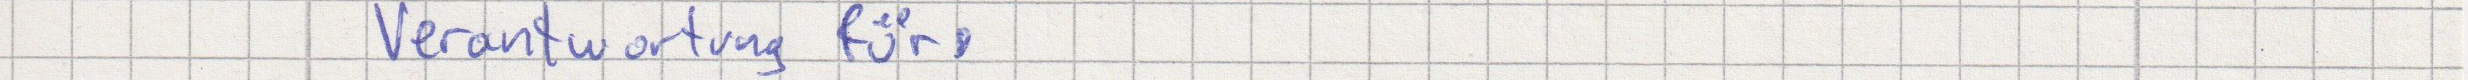
Verantwortung für